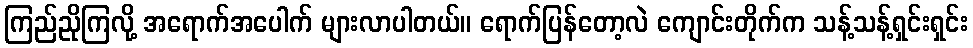
ကြည်ညိုကြလို့ အရောက်အပေါက် များလာပါတယ်။ ရောက်ပြန်တော့လဲ ကျောင်းတိုက်က သန့်သန့်ရှင်းရှင်း